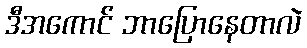
ဒီအကောင် ဘာပြောနေတာလဲ